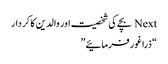
Next بچے کی شخصیت اور والدین کا کردار
“ذرا غور فرمائیے”